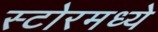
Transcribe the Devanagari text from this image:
स्टोरमध्ये